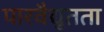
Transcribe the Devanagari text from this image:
पारवैद्युतता